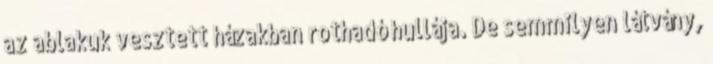
az ablakuk vesztett házakban rothadó hullája. De semmilyen látvány,